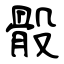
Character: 骰